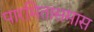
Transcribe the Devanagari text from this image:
पारमितासमास